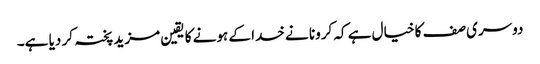
دوسری صف کا خیال ہے کہ کرونا نے خدا کے ہونے کا یقین مزید پختہ کر دیا ہے۔